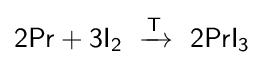
{\mathsf {2Pr+3I_{2}\ \xrightarrow {T} \ 2PrI_{3}}}